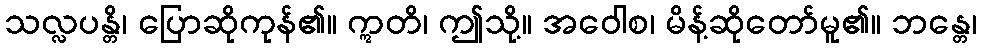
သလ္လပန္တိ၊ ပြောဆိုကုန်၏။ ဣတိ၊ ဤသို့။ အဝေါစ၊ မိန့်ဆိုတော်မူ၏။ ဘန္တေ၊